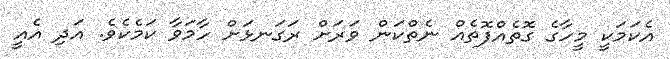
އެކަމަކީ މީހާގެ ގޮތެއްފޮތެއް ނެތްކަން ވަރަށް ރަގަނޅަށް ހާމަވާ ކަމެކެވެ. އަދި އެއީ